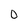
Character: 0